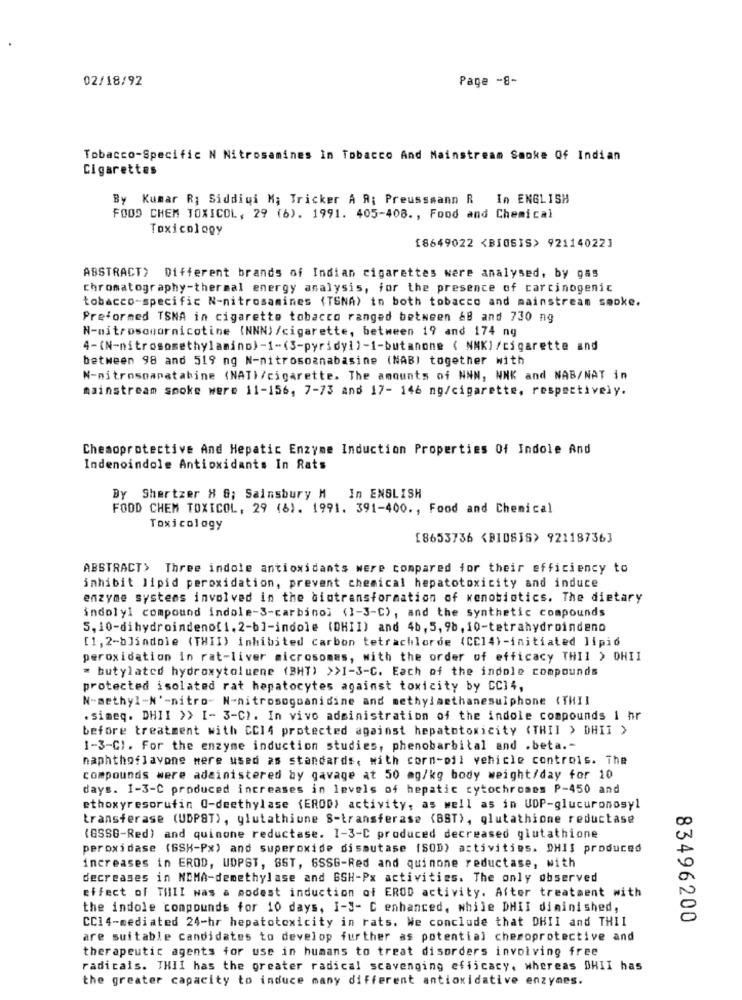
02/18/92
Page -8-
Tobacco-Specific N Nitrosamines In Tobacco And Mainstream Smoke Of Indian
Cigarettes
By Kumar R; Siddiqi M; Tricker A A; Preussmann R In ENGLISH
FOOD CHEM TOXICOL, 29 (6). 1991. 405-408. , Food and Chemical
Toxicology
18649022 <BIOSIS> 921140223
ABSTRACT> Different brands of Indian cigarettes were analysed, by gas
chromatography-thermal energy analysis, for the presence of carcinogenic
tobacco-specific N-nitrosamines (TSNA) in both tobacco and mainstream smoke.
Preformed TSNA in cigarette tobacco ranged between 68 and 730 ng
N-nitrosomornicotine (NNN) /cigarette, between 19 and 174 ng
4-(N-nitrosomethylamino)-1-(3-pyridy1)-1-butanone ( NNK]/cigarette and
between 98 and 519 ng N-nitrosoanabasine (NABI together with
N-nitrosoanatabine (NAT)/cigarette. The amounts of NNN, NNK and NAB/NAT in
mainstream sooke were 11-156, 7-73 and 17- 146 mg/cigarette, respectively.
Chemoprotective And Hepatic Enzyme Induction Properties Of Indole And
Indenoindole Antioxidants In Rats
By Shertzer H &; Sainsbury M In ENGLISH
FOOD CHEM TOXICOL, 29 (6). 1991. 391-400 ., Food and Chemical
Toxicology
[8653736 <BIOSIS> 921187363
ABSTRACT> Three indole antioxidants were compared for their efficiency to
inhibit lipid peroxidation, prevent chemical hepatotoxicity and induce
enzyme systems involved in the bintransformation of xenobiotics. The dietary
indoly1 compound indole-3-carbino; (1-3-C), and the synthetic compounds
5, 10-dihydroindeno[ 1, 2-b]-indole (DHII) and 4b, 5, 98, 10-tetrahydroindeno
[1,2-b]indole (THII) inhibited carbon tetrachlorde (CC14)-initiated lipid
peroxidation in rat-liver microsomes, with the order of efficacy THII > DHII
" butylated hydroxytoluene (BHT) >>1-3-C. Each of the indole compounds
protected isolated rat hepatocytes against toxicity by CC14,
N-methyl-N'-nitro- N-nitrosogoanidine and methyl methanesulphone (THI]
. simeq. DHII >> I- 3-C). In vivo administration of the indole compounds 1 hr
before treatment with CC14 protected against hepatotoxicity (THII > DHIT >
1-3-C). For the enzyme induction studies, phenobarbital and .beta .-
naphthoflavone were used as standards, with corn-pil vehicle controls. The
compounds were administered by gavage at 50 mg/kg body weight/day for 10
days. 1-3-C produced increases in levels of hepatic cytochromes P-450 and
ethoxyresorufin Q-deethylase (EROD) activity, as well as in UDP-glucuronosyl
transferase (UDPST), glutathione S-transferase (BST), glutathione reductase
(GSSG-Red) and quinone reductase. 1-3-C produced decreased glutathione
peroxidase (SSH-Px) and superoxide dismutase (SOD) activities. DHIS produced
increases in EROD, UDPST, SST, 6SSG-Red and quinone reductase, with
decreases in NDMA-demethylase and GSH-Px activities. The only observed
effect of TillI was a modest induction of EROD activity. After treatment with
the indole compounds for 10 days, I-3- C enhanced, while DHII diminished,
CC14-mediated 24-hr hepatotoxicity in rats. We conclude that DHII and THII
83496200
are suitable candidates to develop further as potential chesoprotective and
therapeutic agents for use in humans to treat disorders involving free
radicals. THII has the greater radical scavenging efficacy, whereas DHII has
the greater capacity to induce many different antioxidative enzymes.